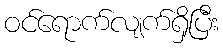
ဝင်ရောက်လျက်ရှိပြီး